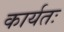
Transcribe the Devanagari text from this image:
कार्यतः